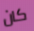
كان